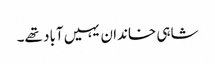
شاہی خاندان یہیں آباد تھے۔